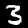
Label: 3